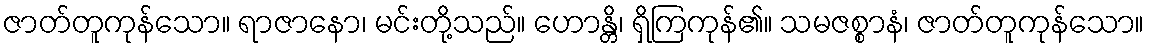
ဇာတ်တူကုန်သော။ ရာဇာနော၊ မင်းတို့သည်။ ဟောန္တိ၊ ရှိကြကုန်၏။ သမဇစ္စာနံ၊ ဇာတ်တူကုန်သော။